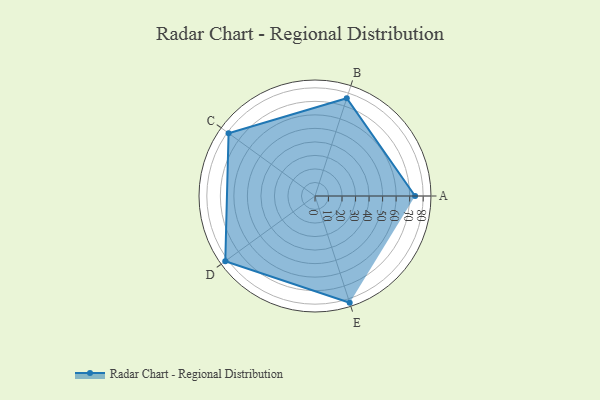
{"axis": {"x": "Skill", "y": "Score"}, "legend": ["Profile"], "data": [{"x": "A", "y": 74.0, "type": "Profile"}, {"x": "B", "y": 76.0, "type": "Profile"}, {"x": "C", "y": 79.0, "type": "Profile"}, {"x": "D", "y": 82.0, "type": "Profile"}, {"x": "E", "y": 83.0, "type": "Profile"}]}